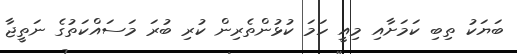
ބަޔަކު ތިބި ކަމަށާއި މިއީ ހަމަ ކުޅުންތެރިން ކުރި ބުރަ މަސައްކަތުގެ ނަތީޖާ